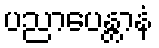
ပညာပေန္တာနံ